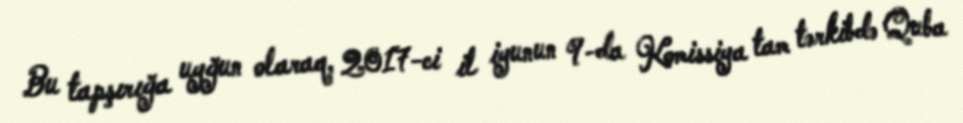
Bu tapşırığa uyğun olaraq, 2017-ci il iyunun 9-da Komissiya tam tərkibdə Quba